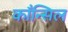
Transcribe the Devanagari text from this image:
काँन्सिल